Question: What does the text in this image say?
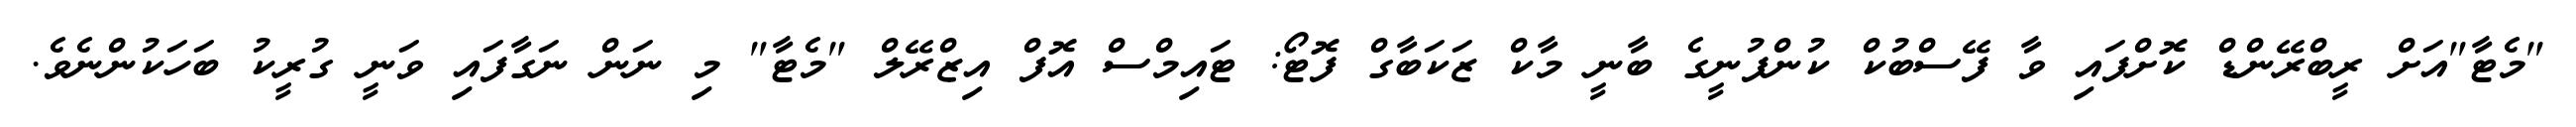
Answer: "މެޓާ"އަށް ރީބްރޭންޑް ކޮށްފައި ވާ ފޭސްބުކް ކުންފުނީގެ ބާނީ މާކް ޒަކަބާގް ފޮޓޯ: ޓައިމްސް އޮފް އިޒްރޭލް "މެޓާ" މި ނަން ނަގާފައި ވަނީ ގުރީކު ބަހަކުންނެވެ.